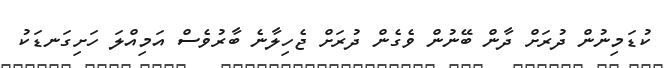
ކުޑަމިނުން ދުރަށް ދާން ބޭނުން ވެގެން ދުރަށް ޖެހިލާނެ ބާރުވެސް އަމިއްލަ ހަށިގަނޑަކު